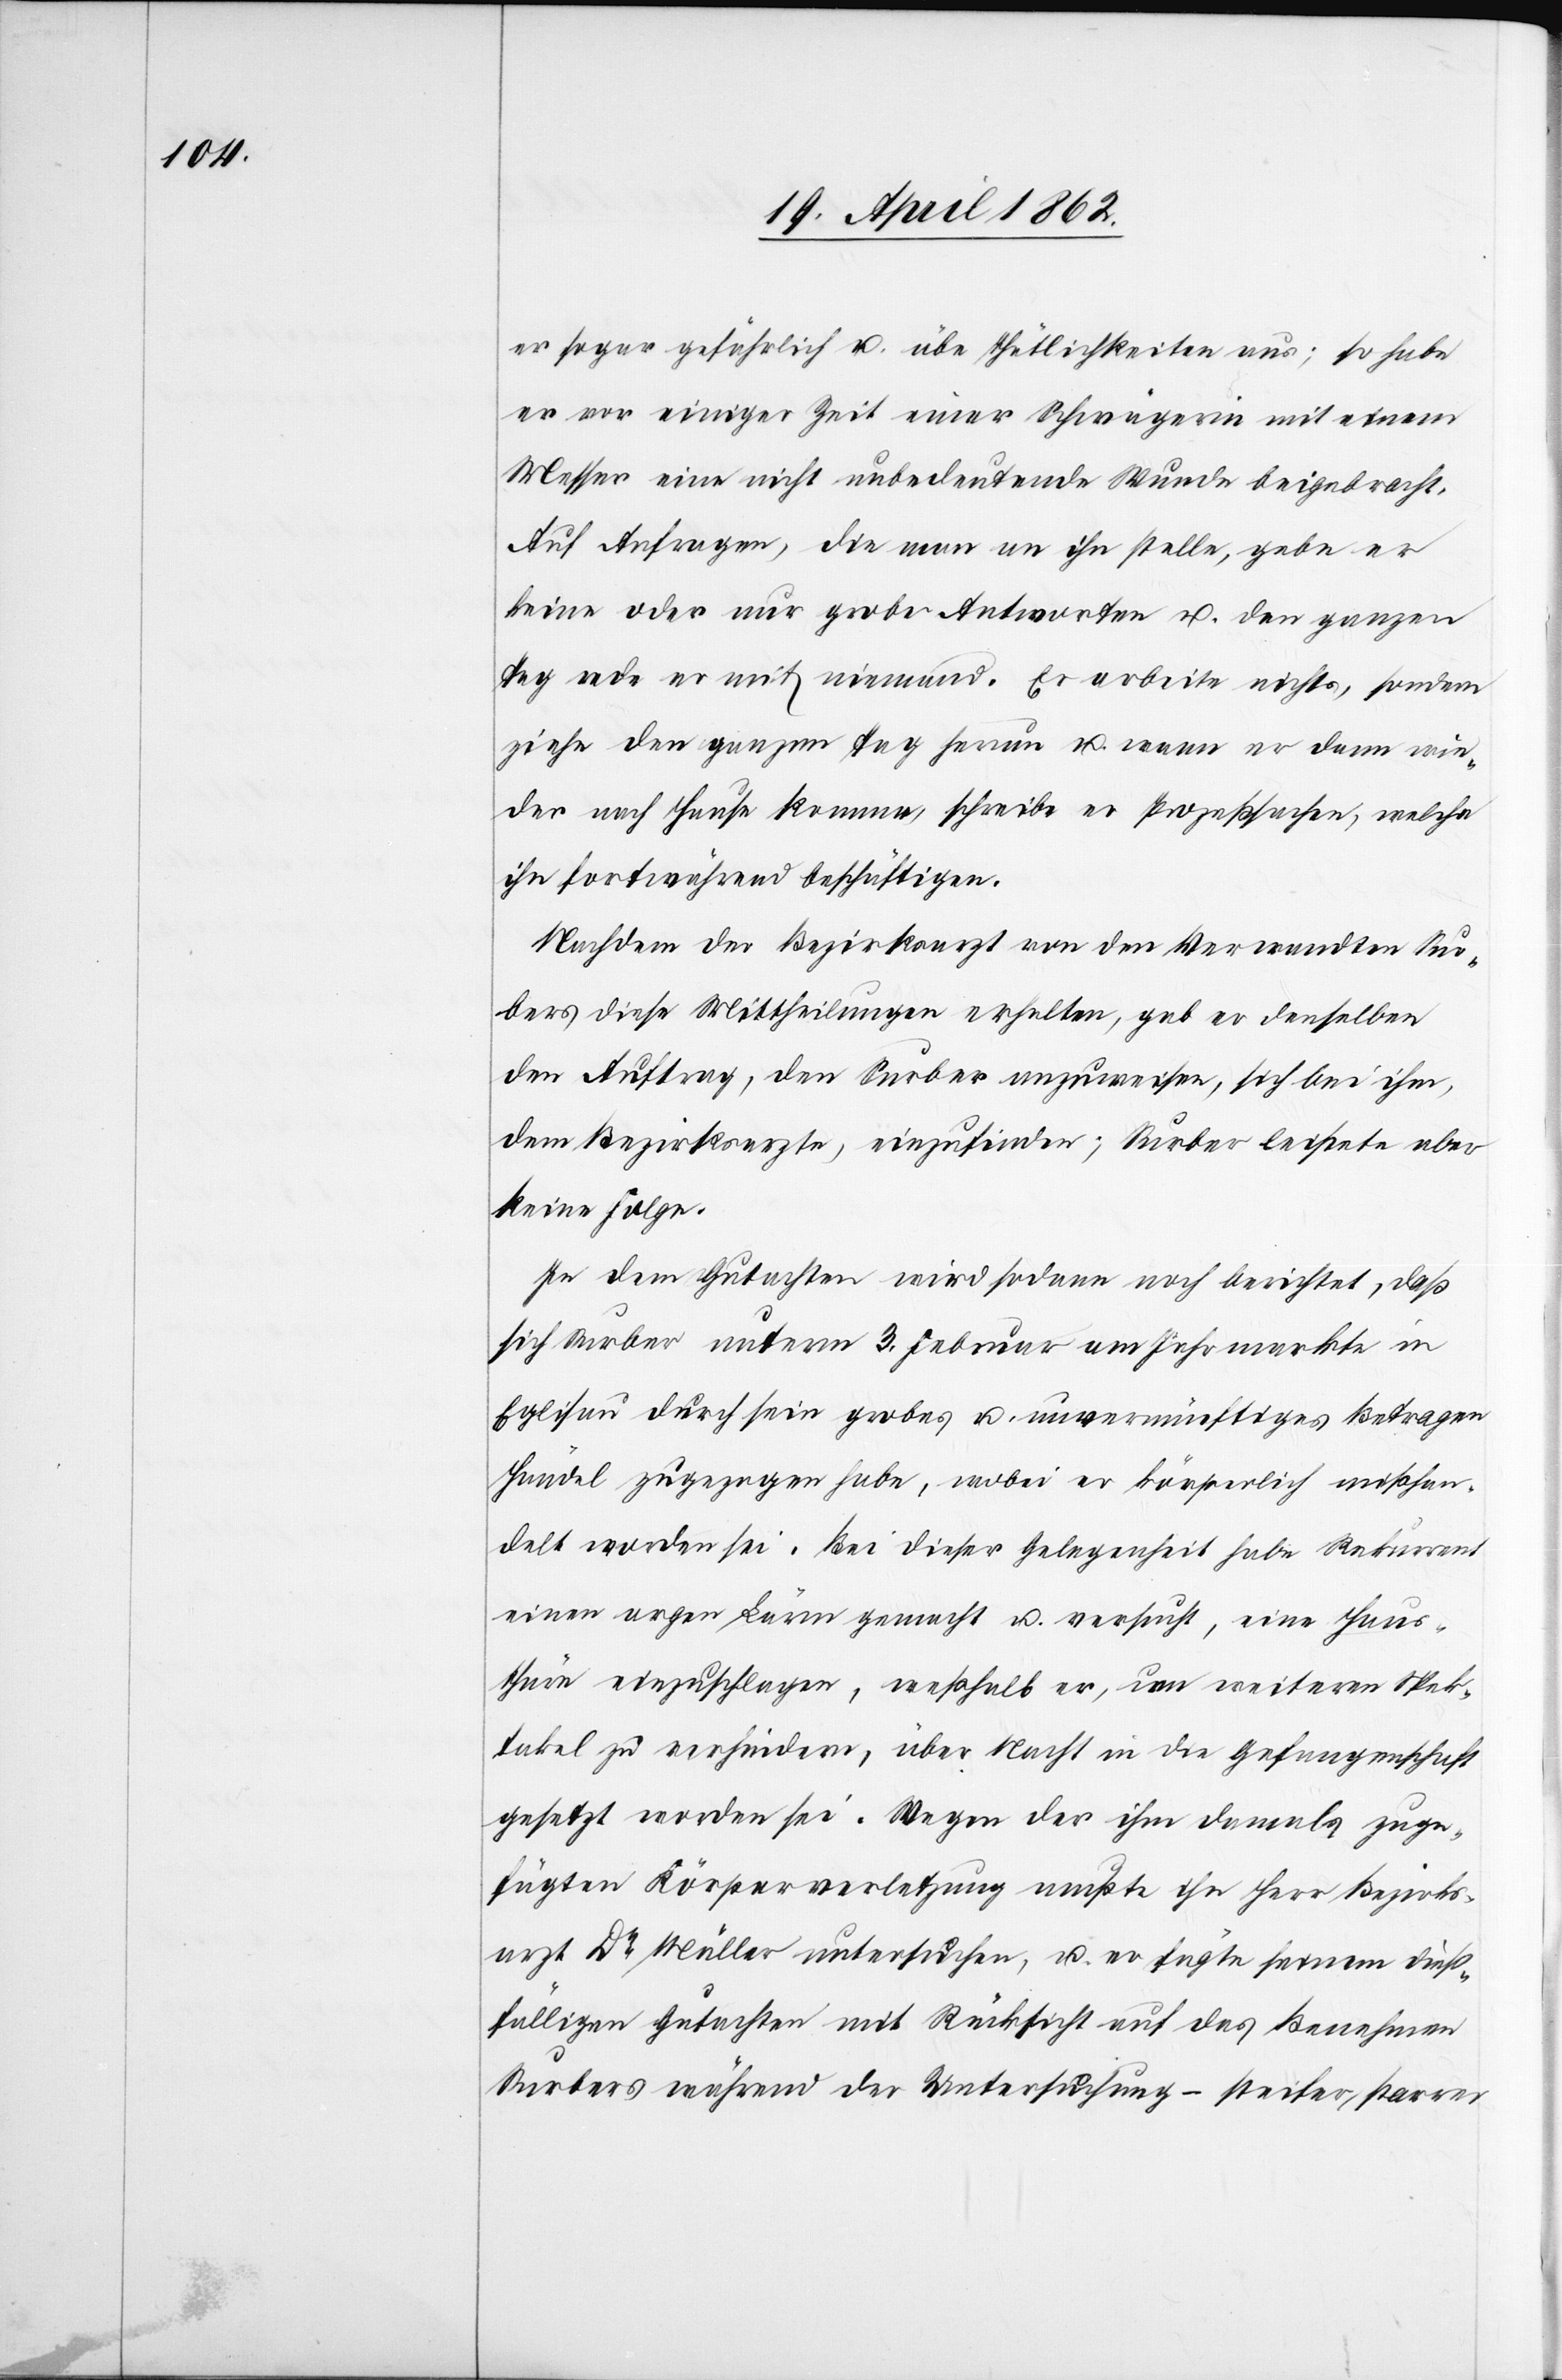
er sogar gefährlich u. übe Thätlichkeiten aus; so habe
er vor einiger Zeit einer Schwägerin mit einem
Messer eine nicht unbedeutende Wunde beigebracht.
Auf Anfragen, die man an ihn stelle, gebe er
keine oder nur grobe Antworten u. den ganzen
Tag rede er mit niemand. Er arbeite nichts, sondern
ziehe den ganzen Tag herum u. wenn er dann wie¬
der nach Hause komme, schreibe er Prozeßsachen, welche
ihn fortwährend beschäftigen.
Nachdem der Bezirksarzt von den Verwandten Sur¬
bers diese Mittheilungen erhalten, gab er denselben
den Auftrag, den Surber anzuweisen, sich bei ihm,
dem Bezirksarzte, einzufinden; Surber leistete aber
keine Folge.
In dem Gutachten wird sodann noch berichtet, daß
sich Surber unterm 3. Februar am Jahrmarkte in
Eglisau durch sein grobes u. unvernünftiges Betragen
Händel zugezogen habe, wobei er körperlich mißhan¬
delt worden sei. Bei dieser Gelegenheit habe Rekurrent
einen argen Lärm gemacht u. versucht, eine Haus¬
thüre einzuschlagen, weßhalb er, um weiteren Spek¬
takel zu verhindern, über Nacht in die Gefangenschaft
gesetzt worden sei. Wegen der ihm damals zuge¬
fügten Körperverletzung mußte ihn Herr Bezirks¬
arzt Dr. Müller untersuchen, u. er fügte seinem dieß¬
fälligen Gutachten mit Rücksicht auf das Benehmen
Surbers während der Untersuchung – steifer, starrer